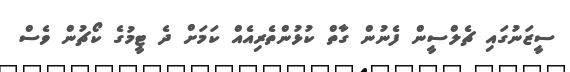
ސީޒަނުގައި ޗެލްސީން ފެނުން ގާތް ކުޅުންތެރިއެއް ކަމަށް ދެ ޓީމުގެ ކޯޗުން ވެސް